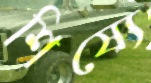
শিষ্যে